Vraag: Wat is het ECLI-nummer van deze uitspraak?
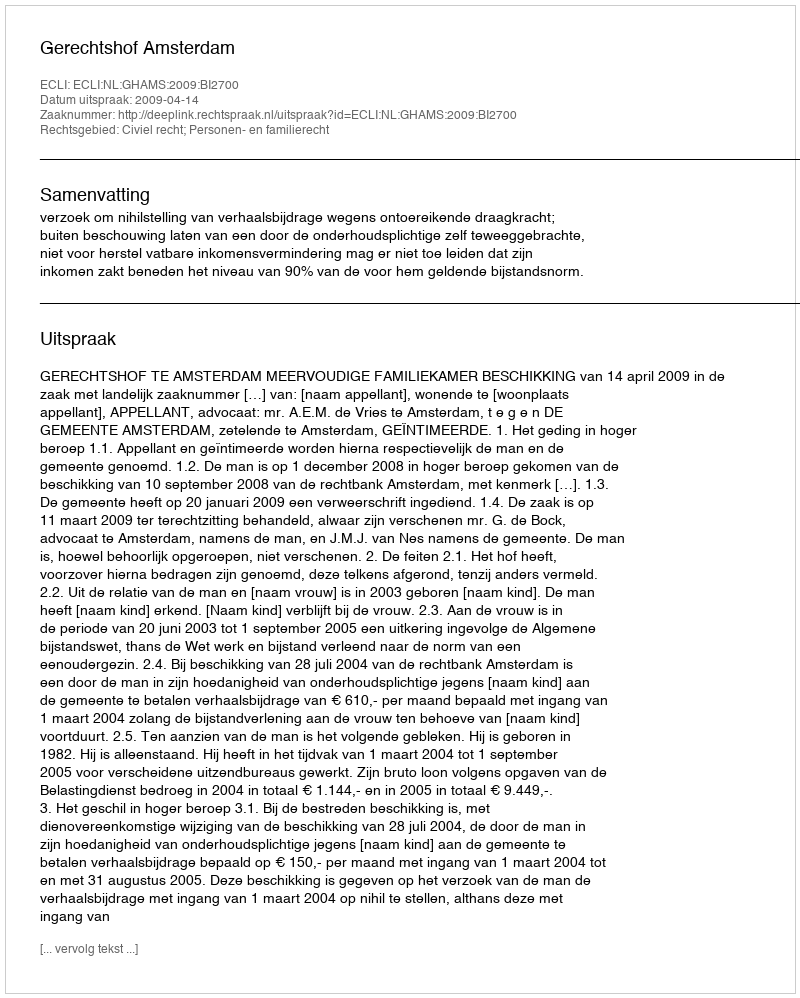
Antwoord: ECLI:NL:GHAMS:2009:BI2700